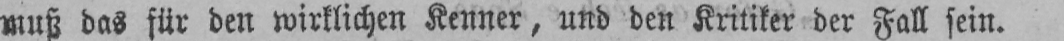
muß das für den wirklichen Kenner, und den Kritiker der Fall sein.